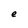
Character: e